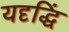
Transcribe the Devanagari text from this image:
यदृद्धिं